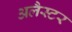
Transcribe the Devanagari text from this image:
अलैस्टर